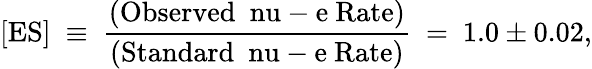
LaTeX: [\mathrm{ES}]~\equiv~\frac{\mathrm{(Observed~\ nu-e~Rate)}}{\mathrm{(Standard~\ nu-e~Rate)}}~=~1.0\pm 0.02,